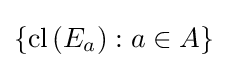
\{\operatorname {cl} \left(E_{a}\right):a\in A\}